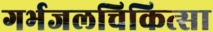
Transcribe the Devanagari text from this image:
गर्भजलचिकित्सा